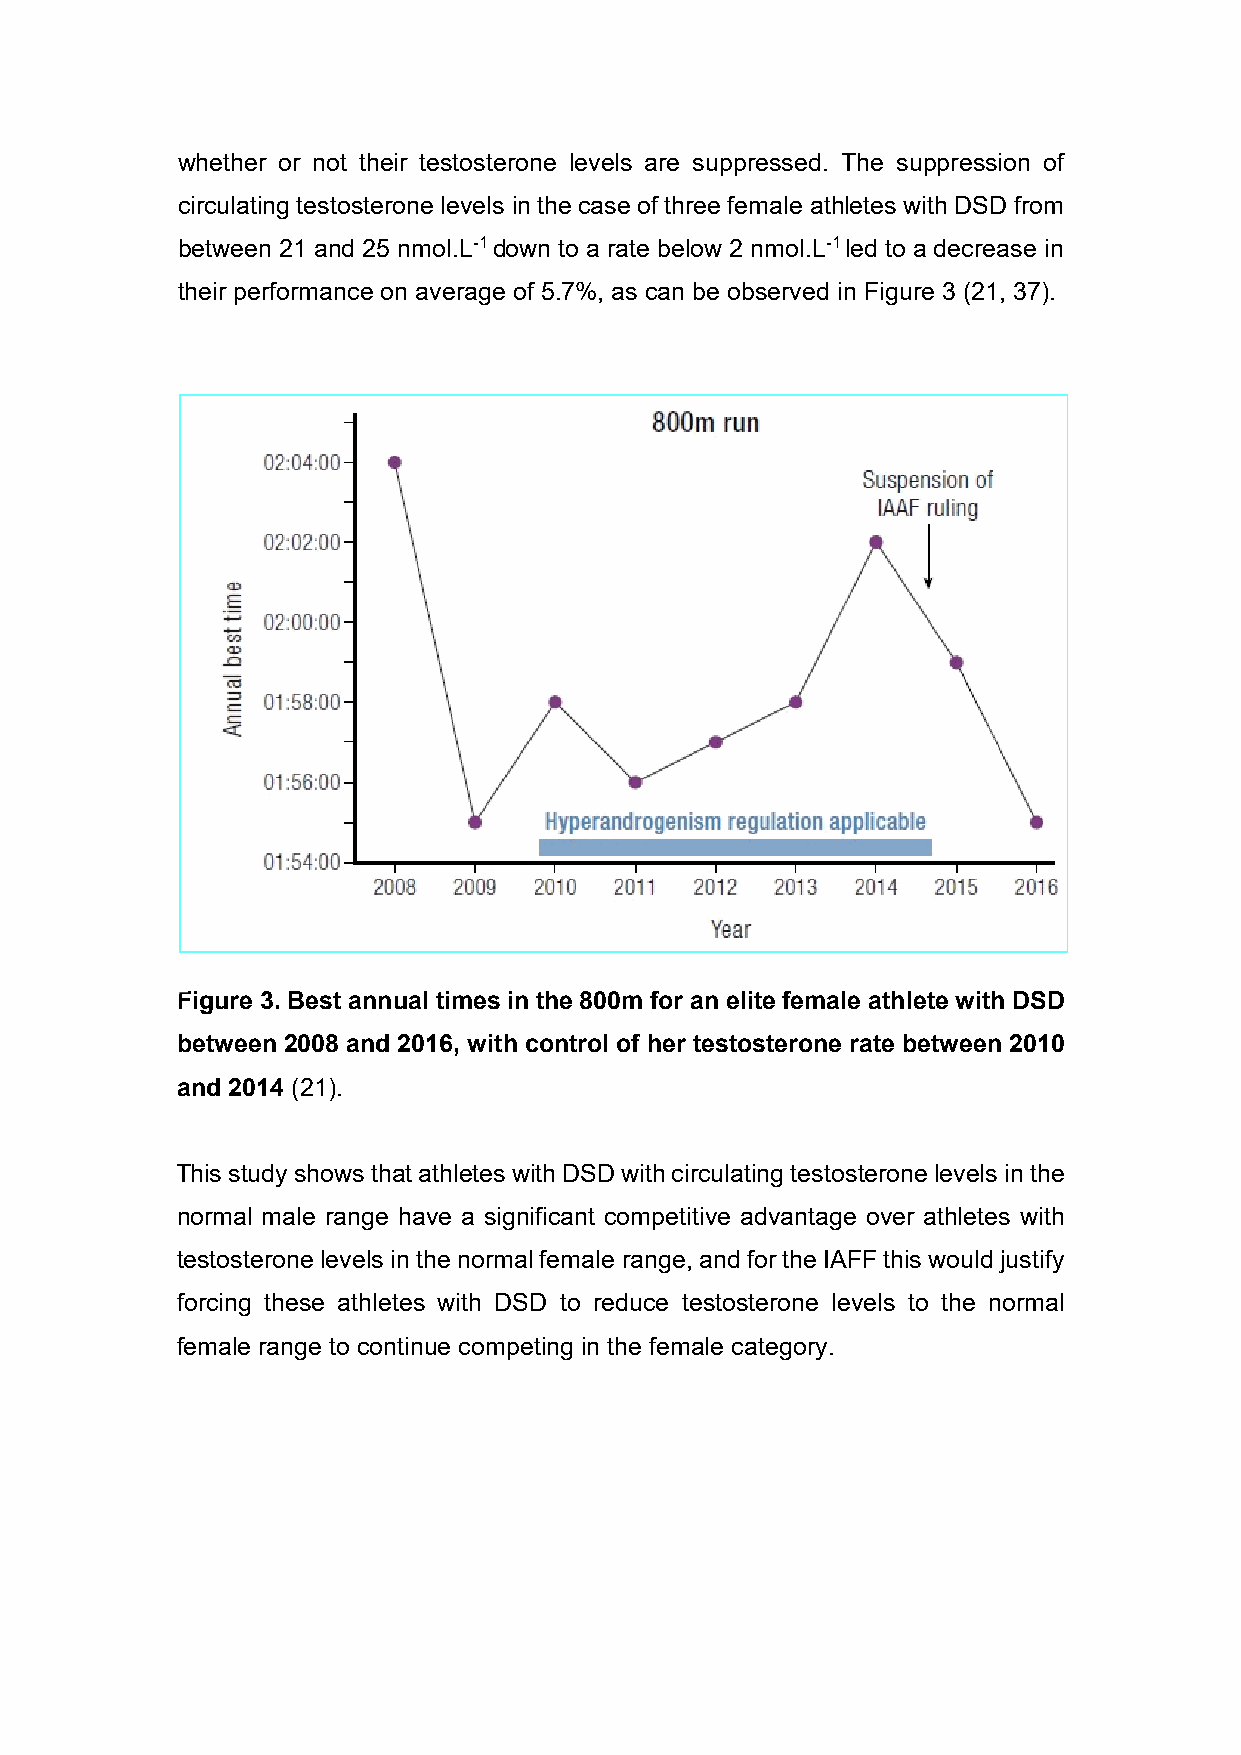
whether or not their testosterone levels are suppressed. The suppression of
 circulating testosterone levels in the case of three female athletes with DSD from
 between 21 and 25 nmol.L-1 down to a rate below 2 nmol.L-1 led to a decrease in
 their performance on average of 5.7%, as can be observed in Figure 3 (21, 37).
 Figure 3. Best annual times in the 800m for an elite female athlete with DSD
 between 2008 and 2016, with control of her testosterone rate between 2010
 and 2014 (21).
 This study shows that athletes with DSD with circulating testosterone levels in the
 normal male range have a significant competitive advantage over athletes with
 testosterone levels in the normal female range, and for the IAFF this would justify
 forcing these athletes with DSD to reduce testosterone levels to the normal
 female range to continue competing in the female category.